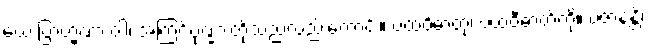
ယေ ဗြာဟ္မဏာ ဝါ၊ အကြင်ပုဏ္ဏားတို့သည်လည်းကောင်း။ ပထဝိဓာတုံ၊ ပထဝီဓာတ်ကို။ ပဇာနန္တိ၊